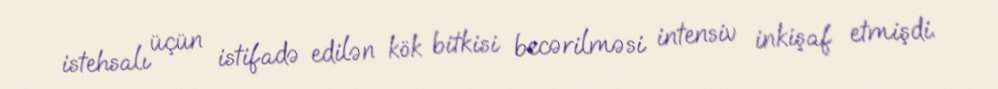
istehsalı üçün istifadə edilən kök bitkisi becərilməsi intensiv inkişaf etmişdi.